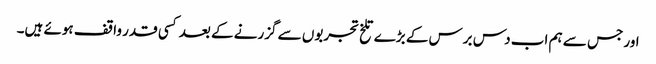
اور جس سے ہم اب دس برس کے بڑے تلخ تجربوں سے گزرنے کے بعد کسی قدر واقف ہوئے ہیں۔